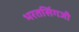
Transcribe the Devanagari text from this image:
भरतसिंगजी